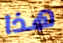
هذا